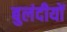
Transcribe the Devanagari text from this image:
बुलंदीयों